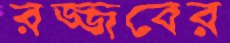
রজ্জবের